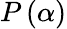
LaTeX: P\left(\alpha\right)